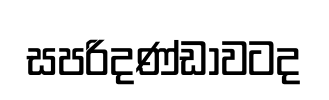
සපරිදණ්ඩාවටද